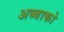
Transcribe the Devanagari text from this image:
अब्बाको